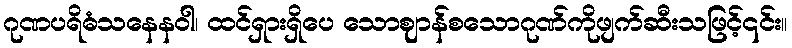
ဂုဏပရိဓံသနေနဝါ၊ ထင်ရှားရှိပေ သောဈာန်စသောဂုဏ်ကိုဖျက်ဆီးသဖြင့်၎င်း။